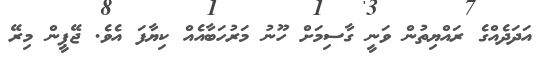
އަދަދެއްގެ ރައްޔިތުން ވަނީ ގާސިމަށް ހޫނު މަރުހަބާއެއް ކިޔާފަ އެވެ. ޖޭޕީން މިރޭ